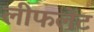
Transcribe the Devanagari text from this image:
लीफलेट